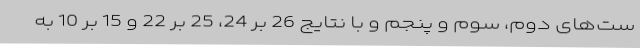
ست‌های دوم، سوم و پنجم و با نتایج 26 بر 24، 25 بر 22 و 15 بر 10 به